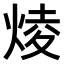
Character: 𤊥